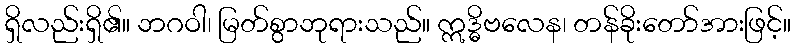
ရှိလည်းရှိ၏။ ဘဂဝါ၊ မြတ်စွာဘုရားသည်။ ဣဒ္ဓိဗလေန၊ တန်ခိုးတော်အားဖြင့်။